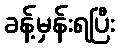
ခန့်မှန်းရပြီး